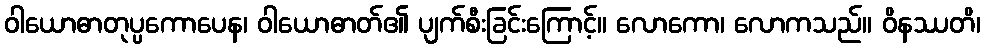
ဝါယောဓာတုပ္ပကောပေန၊ ဝါယောဓာတ်၏ ပျက်စီးခြင်းကြောင့်။ လောကော၊ လောကသည်။ ဝိနဿတိ၊